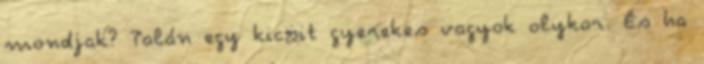
mondjak? Talán egy kicsit gyerekes vagyok olykor. És ha